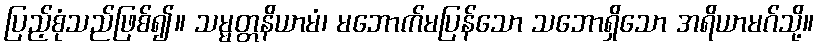
ပြည့်စုံသည်ဖြစ်၍။ သမ္မတ္တနိယာမံ၊ မဘောက်မပြန်သော သဘောရှိသော အရိယာမဂ်သို့။